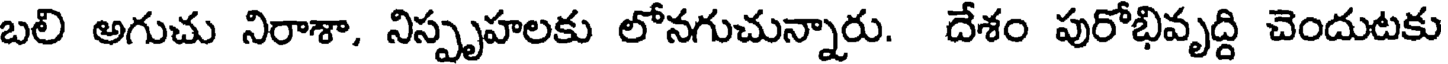
బలి అగుచు నిరాశా. నిస్పృహలకు లోనగుచున్నారు. దేశం పురోభివృద్ది చెందుటకు